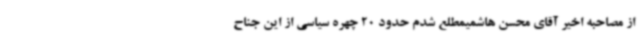
از مصاحبه اخیر آقای محسن هاشمیمطلع شدم حدود 20 چهره سیاسی از این جناح